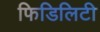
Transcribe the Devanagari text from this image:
फिडिलिटी